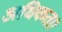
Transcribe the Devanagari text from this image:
अधिकता।